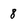
Character: 8